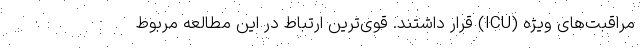
مراقبت‌های ویژه (ICU) قرار داشتند. قوی‌ترین ارتباط در این مطالعه مربوط